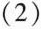
(2)